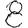
Digit: 8